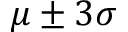
\mu \pm 3 \sigma